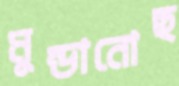
মুন্ডানোছ